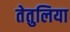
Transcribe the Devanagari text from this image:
तेतुलिया